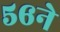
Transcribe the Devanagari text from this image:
५६ने